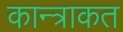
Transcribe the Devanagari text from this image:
कान्त्राकत